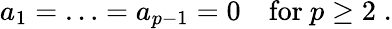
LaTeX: a_{1}=\ldots=a_{p-1}=0\quad\mathrm{for}\ p\geq 2\; .